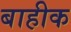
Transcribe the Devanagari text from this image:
बाहीक